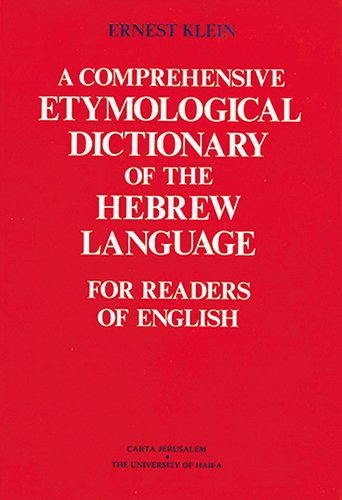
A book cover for A Comprehensive Etymological Dictionary of the Hebrew Language for Readers of English (Hebrew Edition); Ernest Klein; Christian Books & Bibles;